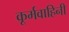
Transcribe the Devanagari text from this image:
कूर्मवाहिनी